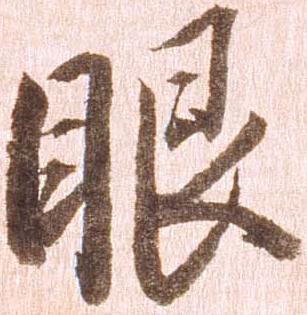
眼